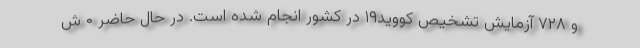
و ۷۲۸ آزمایش تشخیص کووید۱۹ در کشور انجام شده است. در حال حاضر ۰ ش